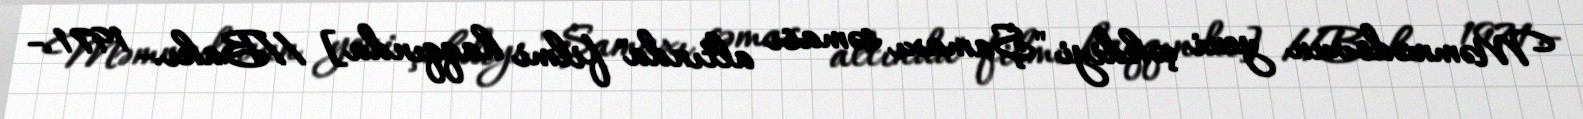
Məmmədovun yeni çəkdiyi "Şamaxı səması altında" filmi haqqında] //Bakı.- 1971.-